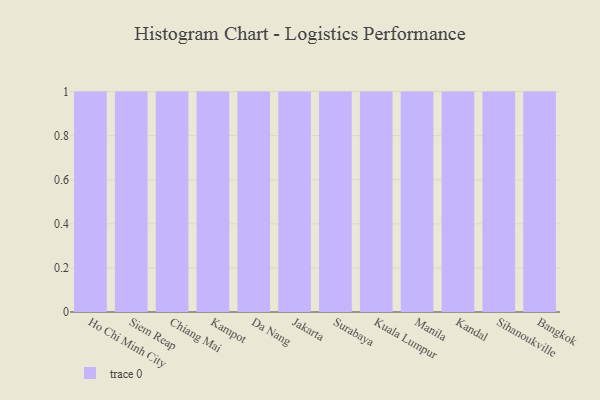
{"axis": {"x": "City", "y": "Production Output"}, "legend": [""], "data": [{"x": "Ho Chi Minh City", "y": 57, "type": ""}, {"x": "Siem Reap", "y": 76, "type": ""}, {"x": "Chiang Mai", "y": 100, "type": ""}, {"x": "Kampot", "y": 73, "type": ""}, {"x": "Da Nang", "y": 94, "type": ""}, {"x": "Jakarta", "y": 6, "type": ""}, {"x": "Surabaya", "y": 68, "type": ""}, {"x": "Kuala Lumpur", "y": 17, "type": ""}, {"x": "Manila", "y": 72, "type": ""}, {"x": "Kandal", "y": 91, "type": ""}, {"x": "Sihanoukville", "y": 53, "type": ""}, {"x": "Bangkok", "y": 55, "type": ""}]}